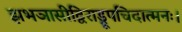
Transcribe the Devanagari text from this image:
झभञासीद्विराड्रूपचिदात्मनः।